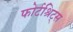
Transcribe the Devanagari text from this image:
फोर्टश्रिट्स